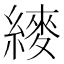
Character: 𬗴